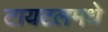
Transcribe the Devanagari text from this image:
टायटलमधे